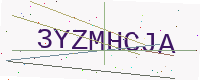
Text: 3YZMHCJA